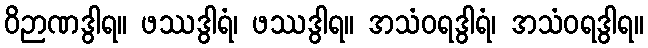
ဝိဉာဏဒွါရ။ ဖဿဒွါရံ၊ ဖဿဒွါရ။ အသံဝရဒွါရံ၊ အသံဝရဒွါရ။